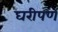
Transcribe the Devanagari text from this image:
घरीपण